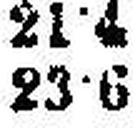
23·6